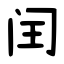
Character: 闰